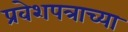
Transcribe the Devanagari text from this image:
प्रवेशपत्राच्या